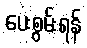
ပေးစွမ်းရန်